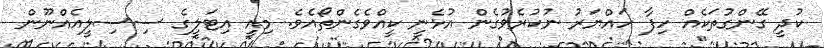
ކުދީ ގޭންގުތަކެއް ހިފާ ހައްޔަރު ނުކުރެވުގެން އުޅެނީ ކީއްވެގެންތޯއެވެ. މިއީ އިޓަލީގެ ސިސިލީއެއްނޫން